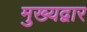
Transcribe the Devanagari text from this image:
मुख्‍यद्वार